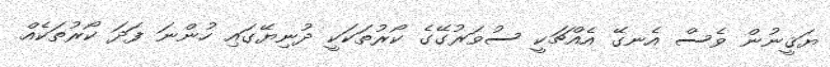
ޔަޤީނުން ވެސް އެނގޭ އެއްޗަކީ ސުވަރުގޭގެ ކޯރުތަކަކީ ދުނިޔޭގައި ހުންނަ ފަދަ ކޯރުތަކެއް